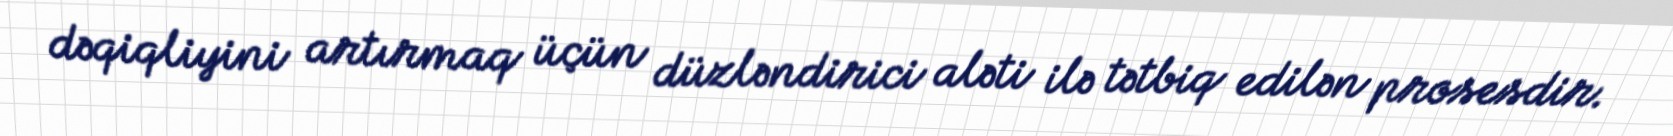
dəqiqliyini artırmaq üçün düzləndirici aləti ilə tətbiq edilən prosesdir.